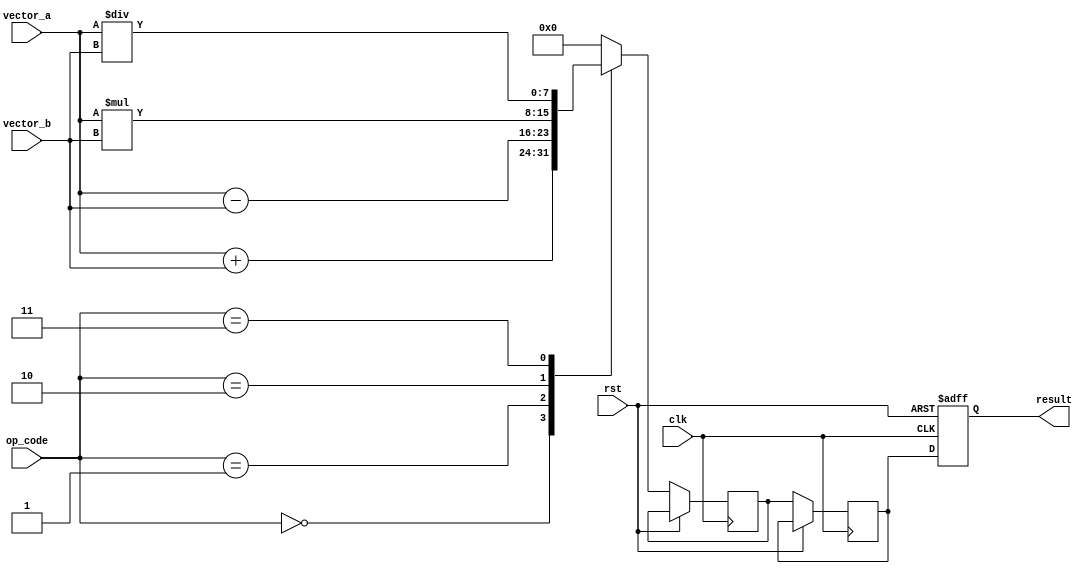
module VectorALU (
  input rst,             // Reset signal
  input clk,             // Clock signal
  input [7:0] op_code,   // Operation code for selecting vector operation
  input [7:0] vector_a,  // Input vector A
  input [7:0] vector_b,  // Input vector B
  output reg [7:0] result // Output vector result
);

// Declare internal signals
reg [7:0] intermediate_result;
reg [7:0] final_result;

// Internal wires for overflow detection and saturation arithmetic
wire overflow;
wire saturation;

// Arithmetic Logic Unit
always @(posedge clk or posedge rst) begin
  if (rst) begin
    result <= 8'h00;  // Reset output vector
  end else begin
    case(op_code)
      8'h00: intermediate_result <= vector_a + vector_b; // Addition
      8'h01: intermediate_result <= vector_a - vector_b; // Subtraction
      8'h02: intermediate_result <= vector_a * vector_b; // Multiplication
      8'h03: intermediate_result <= vector_a / vector_b; // Division
      default: intermediate_result <= 8'h00; // Default to zero output
    endcase

    // Overflow detection logic
    // Implement overflow logic for add, subtract, multiply, and divide operations
    // Set overflow signal to 1 if overflow occurs, else set to 0

    // Saturation arithmetic logic
    // Implement saturation arithmetic logic for add, subtract, multiply, and divide operations
    // Set saturation signal to 1 if saturation occurs, else set to 0
  
    // Vector shuffling operations
    // Implement vector shuffling logic for rearranging vector elements
  
    // Pipeline stages for improved throughput
    // Implement pipeline stages to improve efficiency of vector computations

    final_result <= intermediate_result; // Assign final result to output vector
    result <= final_result;
  end
end

endmodule